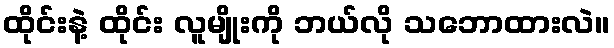
ထိုင်းနဲ့ ထိုင်း လူမျိုးကို ဘယ်လို သဘောထားလဲ။